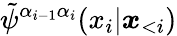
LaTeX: \tilde{\psi}^{\alpha_{i-1}\alpha_{i}}(x_{i}|\boldsymbol x_{<i})